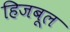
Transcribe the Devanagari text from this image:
हिजबूल